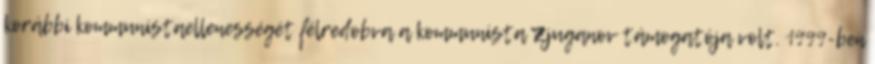
korábbi kommunistaellenességét félredobva a kommunista Zjuganov támogatója volt. 1999-ben